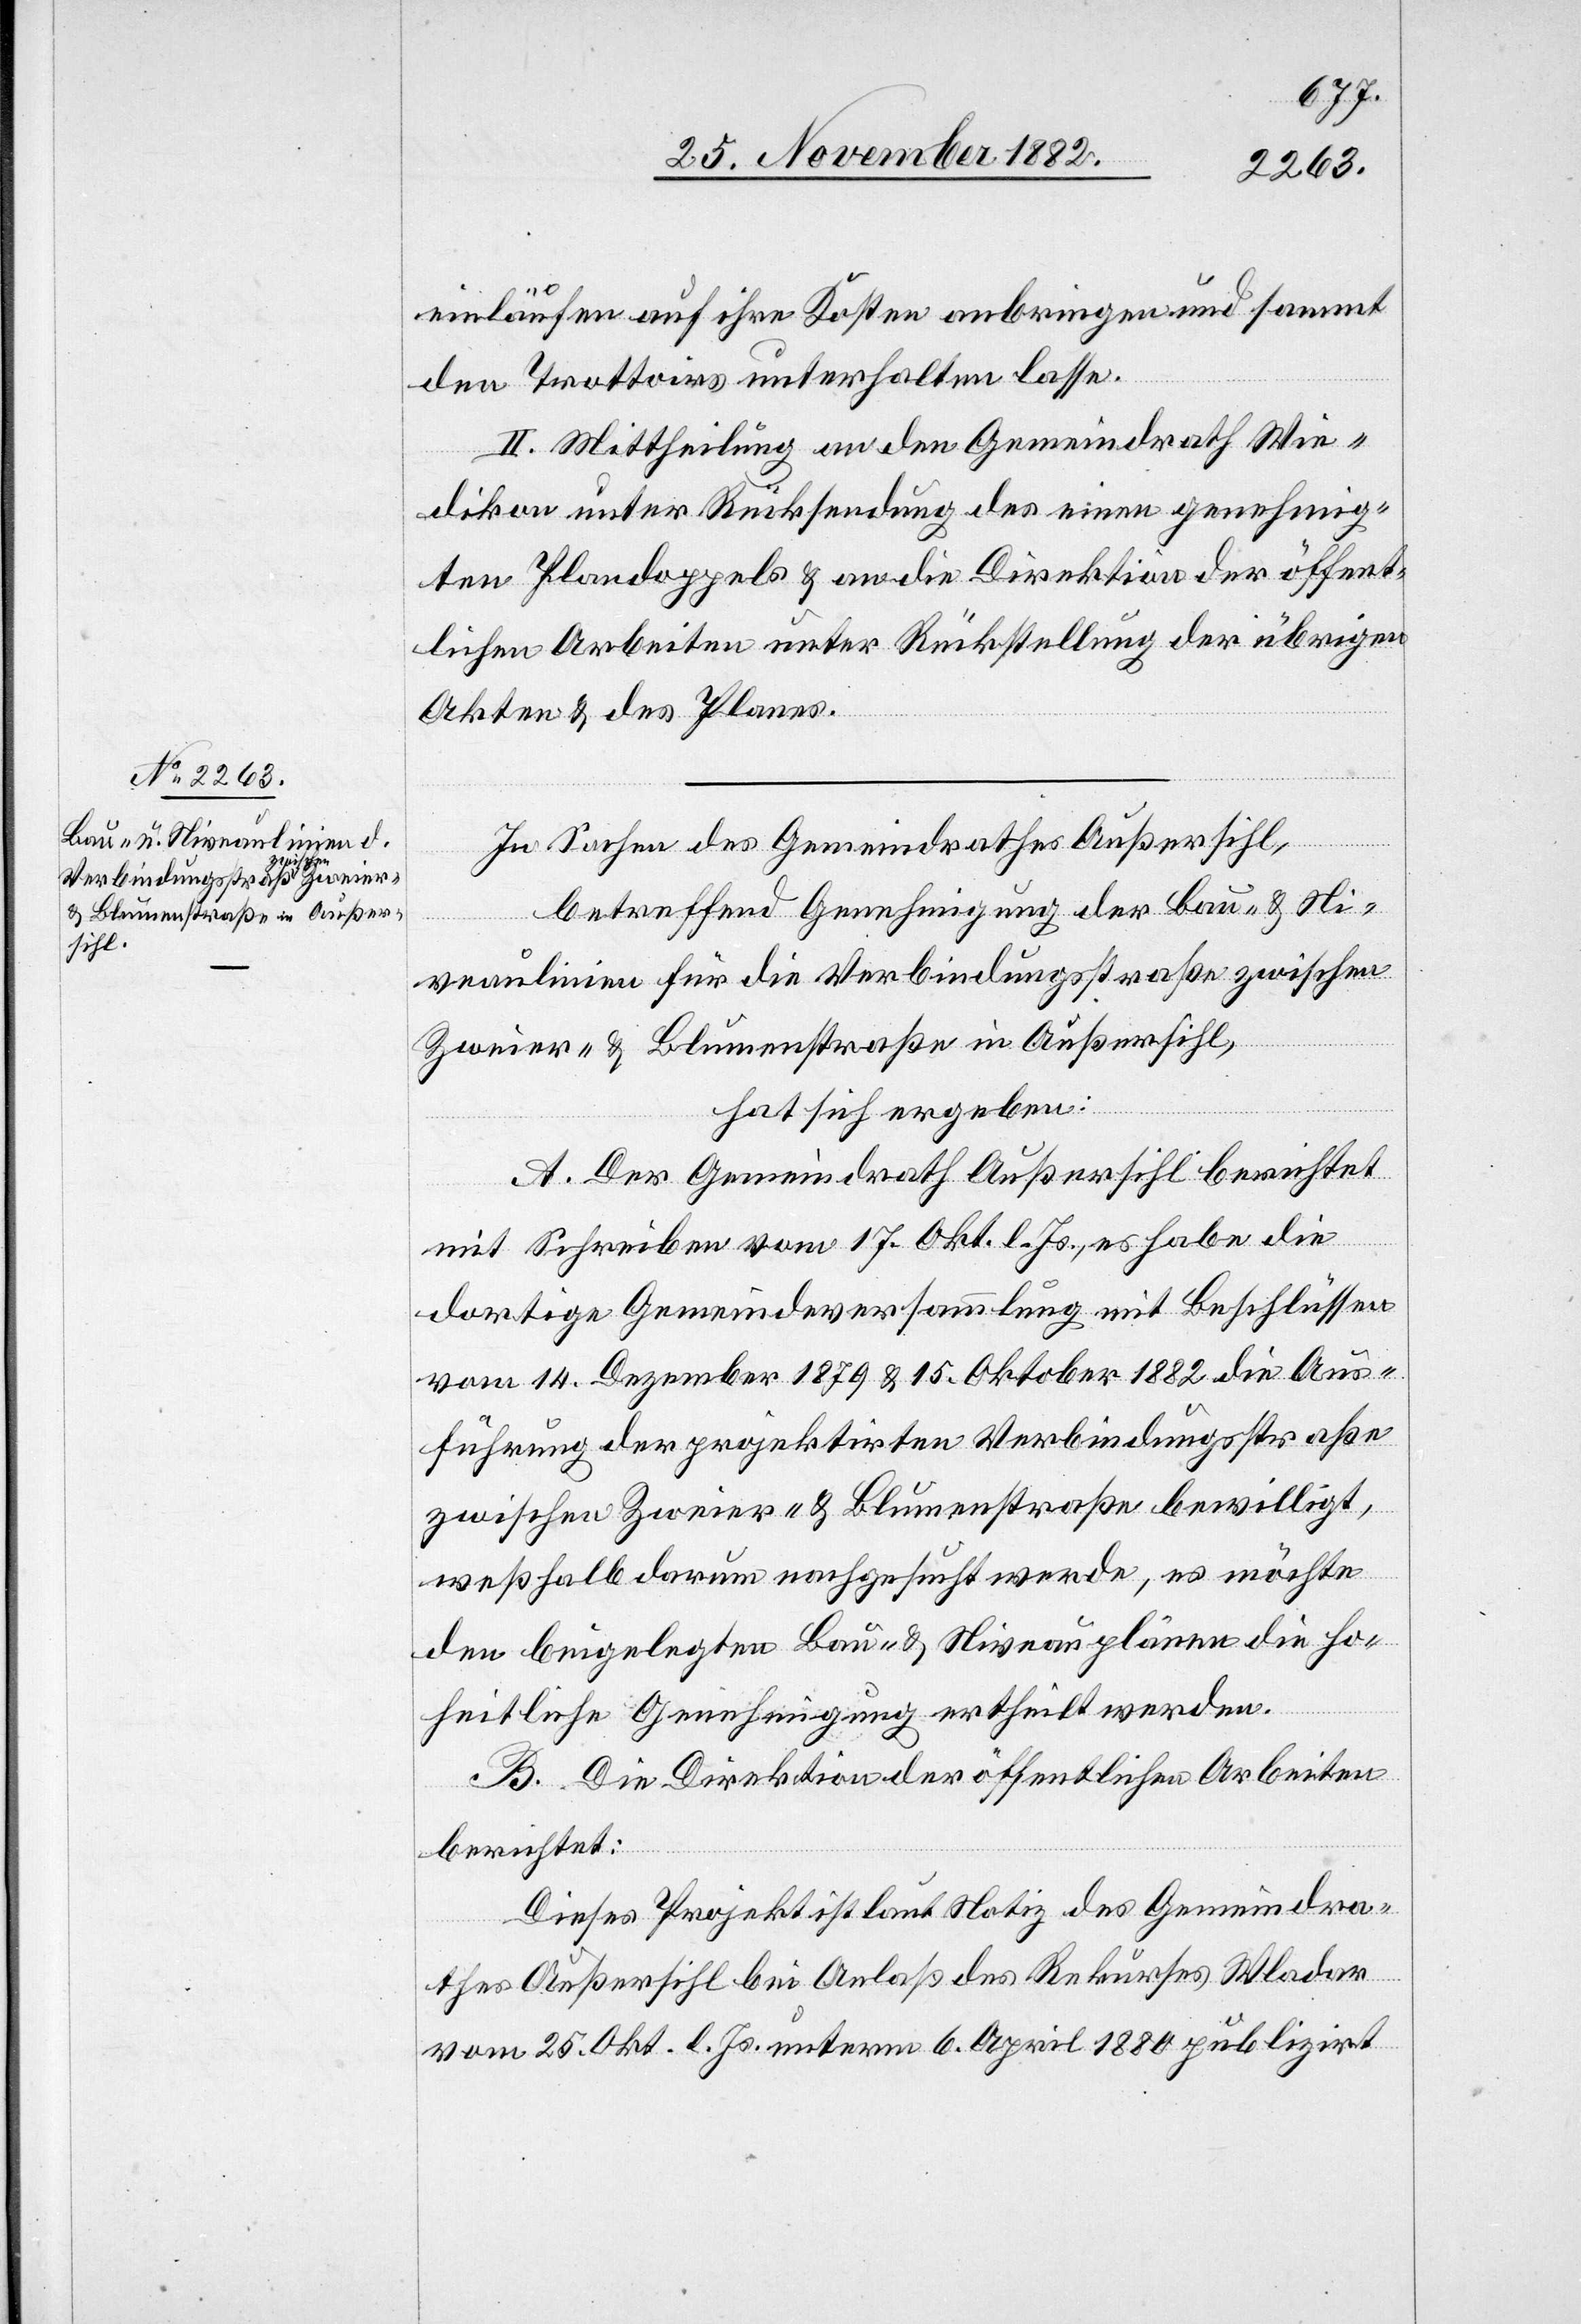
einläufen auf ihre Kosten anbringen und sammt
den Trottoirs unterhalten lasse.
II. Mittheilung an den Gemeindrath Wie¬
dikon unter Rücksendung des einen genehmig¬
ten Plandoppels & an die Direktion der öffent¬
lichen Arbeiten unter Rückstellung der übrigen
Akten & des Planes.
In Sachen des Gemeindrathes Außersihl,
betreffend Genehmigung der Bau- & Ni¬
veaulinien für die Verbindungsstraße zwischen
Zweier- & Blumenstraße in Außersihl,
hat sich ergeben:
A. Der Gemeindrath Außersihl berichtet
mit Schreiben vom 17. Okt. l. Js., es habe die
dortige Gemeindeversammlung mit Beschlüssen
vom 14. Dezember 1879 & 15. Oktober 1882 die Aus¬
führung der projektirten Verbindungsstraße
zwischen Zweier- & Blumenstraße bewilligt,
weßhalb darum nachgesucht werde, es möchte
den beigelegten Bau- & Niveauplänen die ho¬
heitliche Genehmigung ertheilt werden.
B. Die Direktion der öffentlichen Arbeiten
berichtet:
Dieses Projekt ist laut Notiz des Gemeindra¬
thes Außersihl bei Anlaß des Rekurses Walder
vom 25. Okt. l. Js. unterm 6. April 1880 publizirt